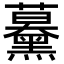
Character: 𧅌